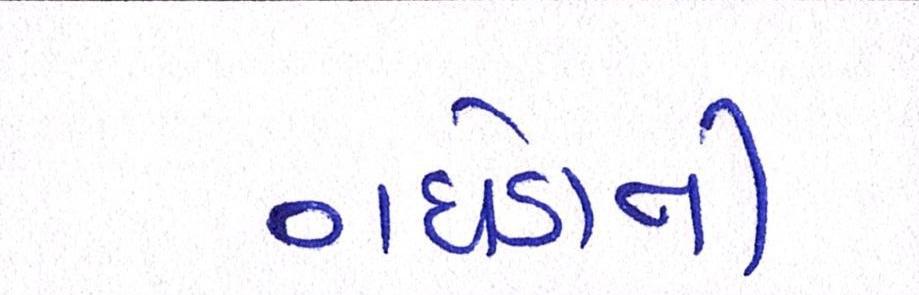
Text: ગધેડાની